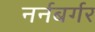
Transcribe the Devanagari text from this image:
नर्नबर्गर